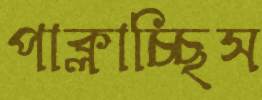
পাক্‌লাচ্ছিস